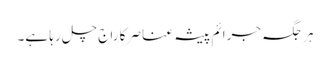
ہر جگہ جرائم پیشہ عناصر کا راج چل رہا ہے۔